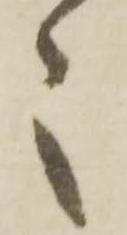
々